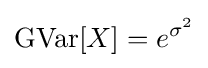
\operatorname {GVar} [X]=e^{\sigma ^{2}}